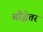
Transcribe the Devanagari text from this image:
बौद्धेतर